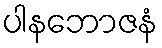
ပါနဘောဇနံ